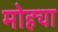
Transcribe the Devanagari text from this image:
मोहचा